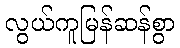
လွယ်ကူမြန်ဆန်စွာ